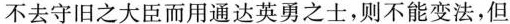
不去守旧之大臣而用通达英勇之士，则不能变法，但